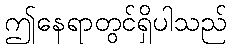
ဤနေရာတွင်ရှိပါသည်